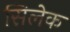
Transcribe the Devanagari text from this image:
सिलेक